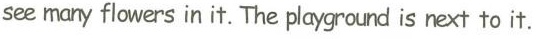
see many flowers in it. The playgrounad is next to it.